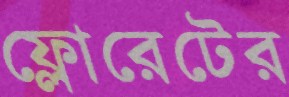
ফ্লোরেটের